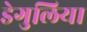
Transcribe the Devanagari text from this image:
डेगुलिया